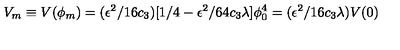
V _ { m } \equiv V ( \phi _ { m } ) = ( \epsilon ^ { 2 } / 1 6 c _ { 3 } ) [ 1 / 4 - \epsilon ^ { 2 } / 6 4 c _ { 3 } \lambda ] \phi _ { 0 } ^ { 4 } = ( \epsilon ^ { 2 } / 1 6 c _ { 3 } \lambda ) V ( 0 )